Plague in India, 1896, 1897 - Volume 1
Year: 1896
Disease focus: Plague
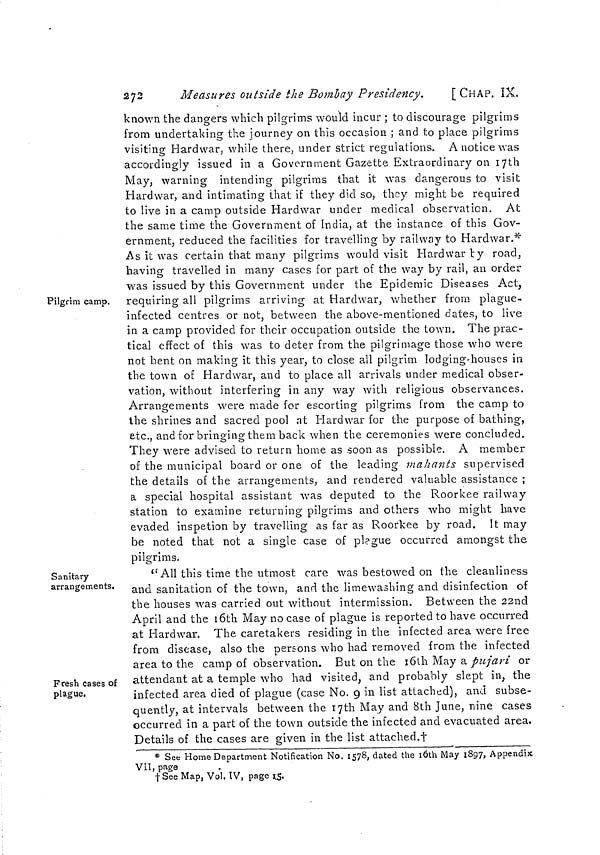
272
Measures outside the Bombay Presidency.
[CHAP. IX.
Pilgrim camp.
known the dangers which pilgrims would incur ; to discourage pilgrims
from undertaking the journey on this occasion ; and to place pilgrims
visiting Hardwar, while there, under strict regulations. A notice was
accordingly issued in a Government Gazette Extraordinary on 17th
May, warning intending pilgrims that it was dangerous to visit
Hardwar, and intimating that if they did so, they might be required
to live in a camp outside Hardwar under medical observation. At
the same time the Government of India, at the instance of this Gov-
ernment, reduced the facilities for travelling by railway to Hardwar.*
As it was certain that many pilgrims would visit Hardwar by road,
having travelled in many cases for part of the way by rail, an order
was issued by this Government under the Epidemic Diseases Act,
requiring all pilgrims arriving at Hardwar, whether from plague-
infected centres or not, between the above-mentioned dates, to live
in a camp provided for their occupation outside the town. The prac-
tical effect of this was to deter from the pilgrimage those who were
not bent on making it this year, to close all pilgrim lodging-houses in
the town of Hardwar, and to place all arrivals under medical obser-
vation, without interfering in any way with religious observances.
Arrangements were made for escorting pilgrims from the camp to
the shrines and sacred pool at Hardwar for the purpose of bathing,
etc., and for bringing them back when the ceremonies were concluded.
They were advised to return home as soon as possible. A member
of the municipal board or one of the leading mahants supervised
the details of the arrangements, and rendered valuable assistance ;
a special hospital assistant was deputed to the Roorkee railway
station to examine returning pilgrims and others who might have
evaded inspetion by travelling as far as Roorkee by road. It may
be noted that not a single case of plague occurred amongst the
pilgrims.
Sanitary
arrangements.
Fresh cases of
plague.
"All this time the utmost care was bestowed on the cleanliness
and sanitation of the town, and the limewashing and disinfection of
the houses was carried out without intermission. Between the 22nd
April and the 16th May no case of plague is reported to have occurred
at Hardwar. The caretakers residing in the infected area were free
from disease, also the persons who had removed from the infected
area to the camp of observation. But on the 16th May a pujari or
attendant at a temple who had visited, and probably slept in, the
infected area died of plague (case No. 9 in list attached), and subse-
quently, at intervals between the 17th May and 8th June, nine cases
occurred in a part of the town outside the infected and evacuated area.
Details of the cases are given in the list attached.†
* See Home Department Notification No. 1578, dated the 16th May 1897, Appendix
VII, page
† See Map, Vol. IV, page 15.